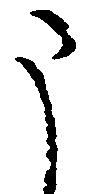
う